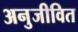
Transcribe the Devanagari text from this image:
अनुजीवित